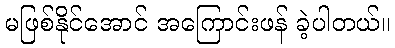
မဖြစ်နိုင်အောင် အကြောင်းဖန် ခဲ့ပါတယ်။